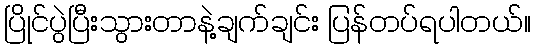
ပြိုင်ပွဲပြီးသွားတာနဲ့ချက်ချင်း ပြန်တပ်ရပါတယ်။